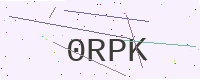
Text: 0RPK